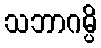
သဘာဂမ္ပိ